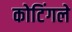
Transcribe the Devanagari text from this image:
कोटिंगले